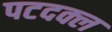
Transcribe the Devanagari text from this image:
पटदक्ल